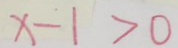
x - 1 > 0